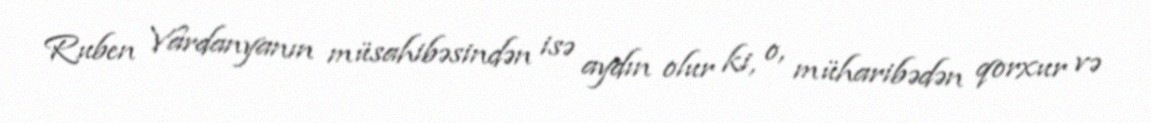
Ruben Vardanyanın müsahibəsindən isə aydın olur ki, o, müharibədən qorxur və